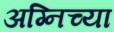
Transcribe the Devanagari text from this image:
अग्निच्या